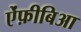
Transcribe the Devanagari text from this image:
ऐंफ़ीबिआ